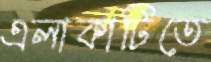
এলাকাটিতে